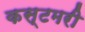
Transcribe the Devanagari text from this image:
कस्टमरी